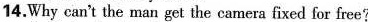
l4.Why can't the man get the camera fixed for free?